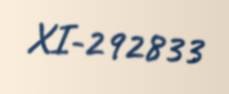
XI-292833